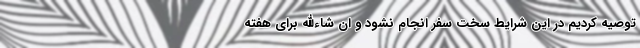
توصیه کردیم در این شرایط سخت سفر انجام نشود و ان شاءالله برای هفته